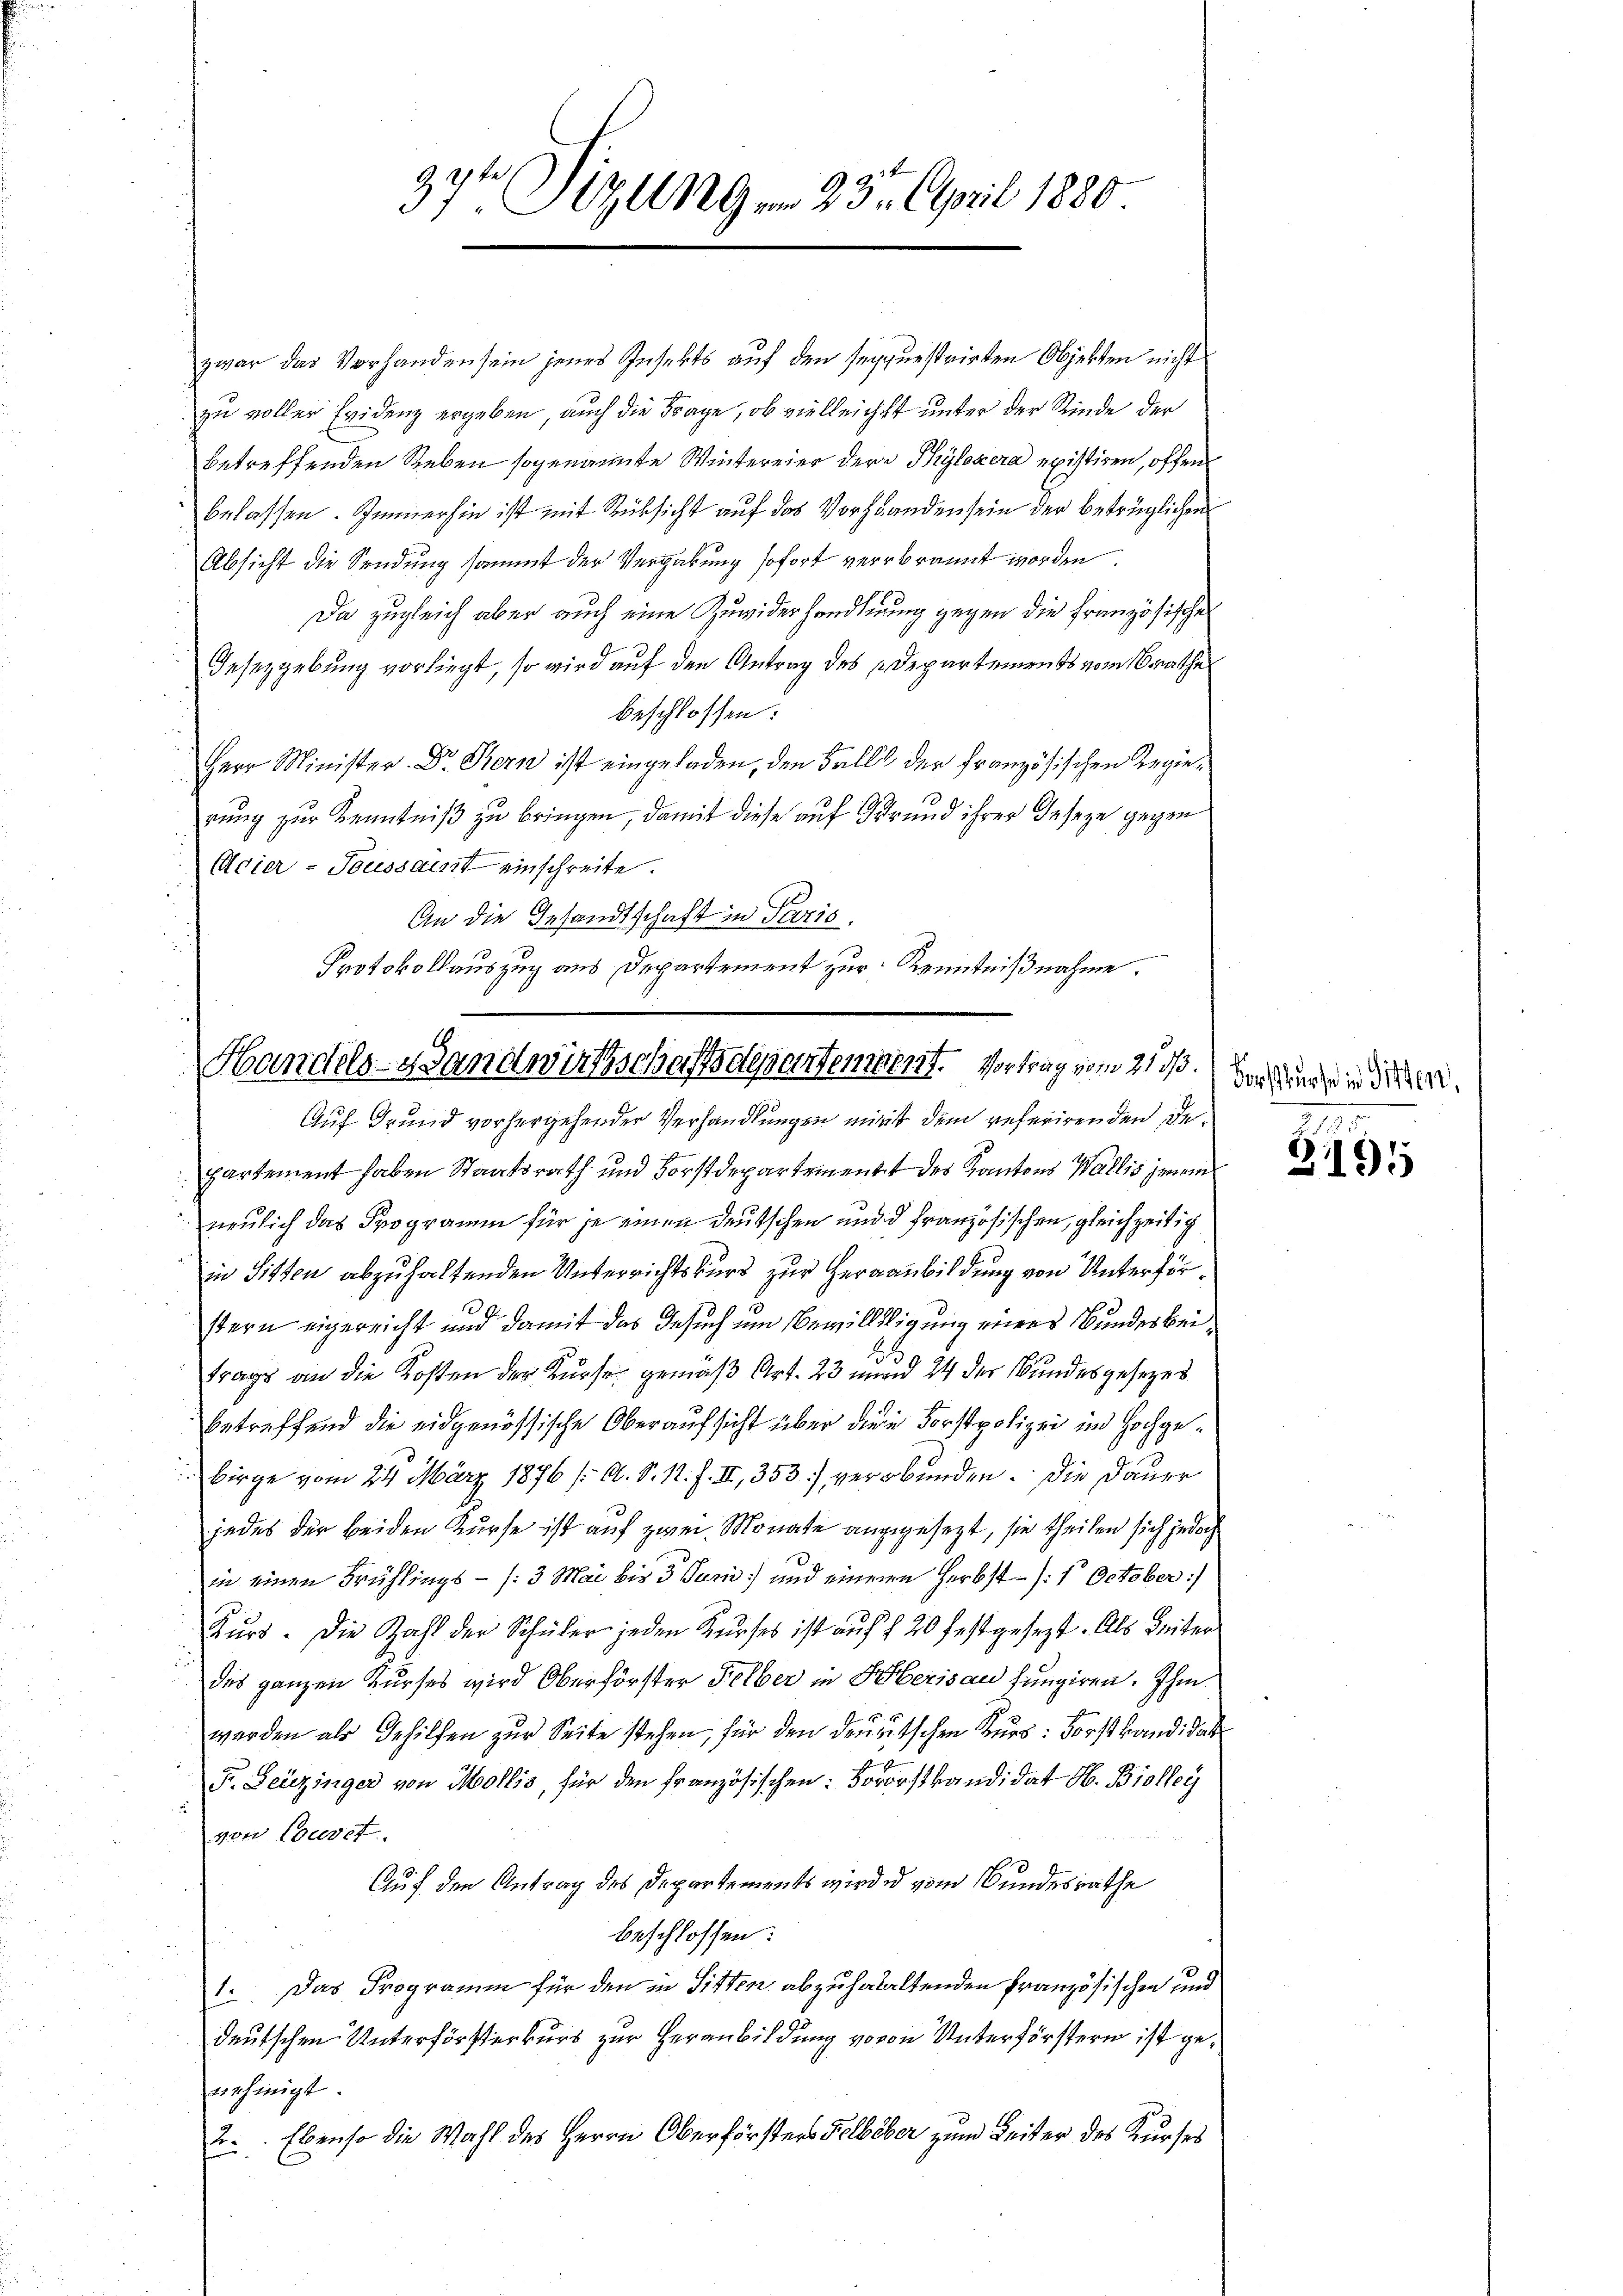
37t Pizungen 23. April 1880.

zwar das Vorhanden sein jenes Insekts auf den seyquestrirten Objekten nicht
zu voller Evidenz ergeben, auch die Frage, ob vielleichst unter der Rinde der
betreffenden Reben sogenannte Wintereier der Phylozera existiren, offen
belassen. Immerhin ist mit Rüksicht auf das Vorhanden sein der betrüglichen
Absicht die Sendung sammt der Vergabung sofort verbrannt worden.
Da zugleich aber auch eine Zuwiderhandlung gegen die französischen
Gesezgebung vorliegt, so wird auf den Antrag des Departements vom Brathe
beschlossen:
Herr Minister. Dr. Bern ist eingeladen, den Falls der Französischen Regierung zur Kenntniß zu bringen, damit diese auf Grund ihrer Geseze gegen
Acier-Toussaint einschreite.
An die Gesandtschaft in Paris,
Protokollauszug aus Departement zur Kenntnißnahme.

Handels- Handwirtschaftsdepartement. Vortrag vom 21. ds.
Auf Grund vorhergehender Verhandlungen mit dem referirenden De¬

partement haben Staatsrath und Forstdepartement des Kantons Wallis jenem
neulich das Programm für je einen deutschen und d französischen, gleichzeitig
in Sitten abzuhaltenden Unterrichtskurs zur Heranbildung von Unterförstern eigereicht und damit das Gesuch um Bewilligung eines Bundesbeitrags an die Kosten der Kurse gemäß Art. 23 und 24 der Bundesgesezes
betreffend die eidgenössische Oberaufsicht über diese Forstpolizei im Hochgebirge vom 24. März 1876 /: A. S. N. F. II, 353) verbunden. Die Dauer
jedes der beiden Kurse ist auf zwei Monate angegesezt, sie theilen sich jedoch
in einen Frühlings - (:3 Mai bis 3 Juni und eineren Herbst- /:1 October :/
Kŭrs. Die Zahl der Schüler jeden Kŭrses ist aŭf § 20 festgesezt. Als Seiter
u
des ganzen Kurses wird Oberförster Felber in Huberisau fungiren. Ihm
werden als Gehilfen zur Seite stehen, für den deutschen Kurs: Forst kandidat
Fr. Leuzinger von Mollis, für den französischen: Vororstkandidat H. Biolleg
2
von Coceret.
Auf den Antrag des Departements wird in vom Bundesrathe
beschlossen:
Das Programm für den in Sitten abzuhalaltenden Französischen und
11.
deutschen Unterförsterkurs zur Heranbildung voron Unterförstern ist genehmigt.
2. Ebenso die Wahl des Herrn Oberförsters Selbüber zum Leiter des Kurses

Forstkurse in Sitten,

.
21195